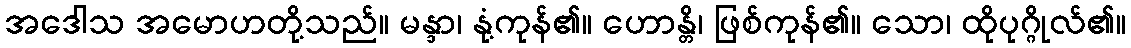
အဒေါသ အမောဟတို့သည်။ မန္ဒာ၊ နုံ့ကုန်၏။ ဟောန္တိ၊ ဖြစ်ကုန်၏။ သော၊ ထိုပုဂ္ဂိုလ်၏။